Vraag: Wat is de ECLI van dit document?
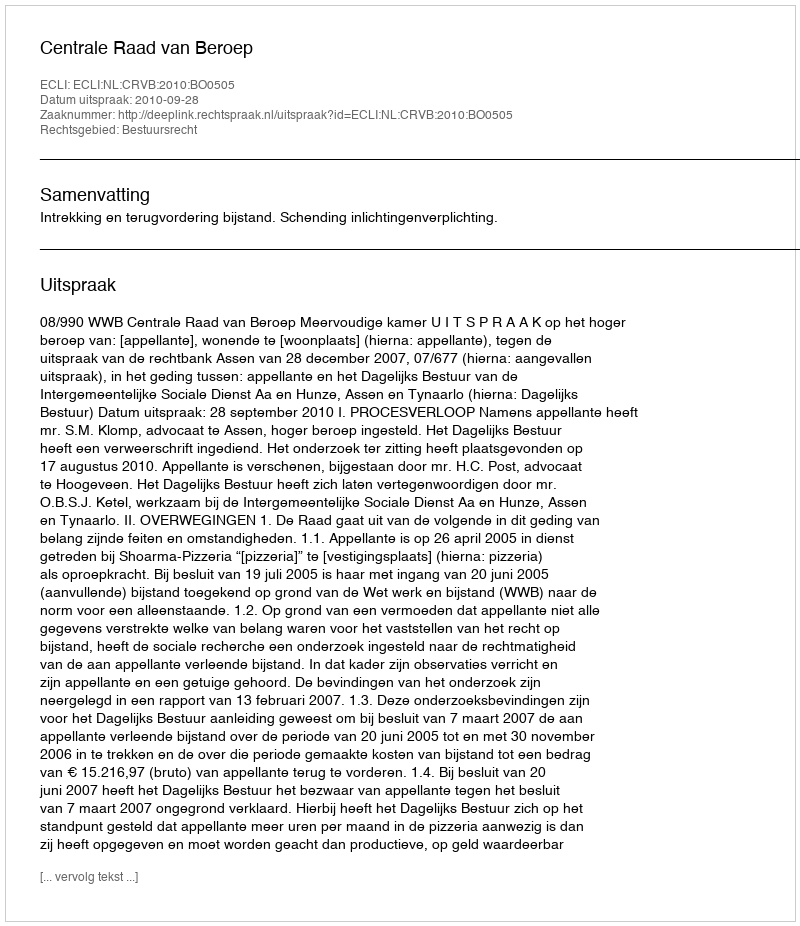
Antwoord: ECLI:NL:CRVB:2010:BO0505